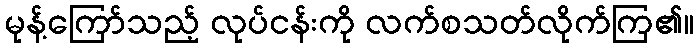
မုန့်ကြော်သည့် လုပ်ငန်းကို လက်စသတ်လိုက်ကြ၏။